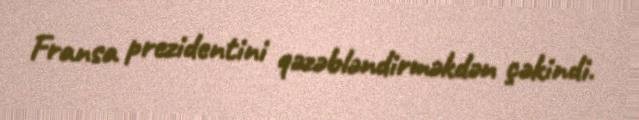
Fransa prezidentini qəzəbləndirməkdən çəkindi.